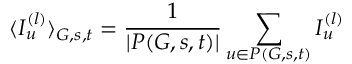
\langle I _ { u } ^ { ( l ) } \rangle _ { G , s , t } = \frac { 1 } { | P ( G , s , t ) | } \sum _ { u \in P ( G , s , t ) } I _ { u } ^ { ( l ) }